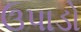
ઉપાડો